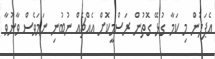
އެޕަލުން މި ކަމާ ގުޅޭ ގޮތުން ރަސްމީކޮށް އެއްޗެއް ނުބުނި ނަމަވެސް ވާނުވާ